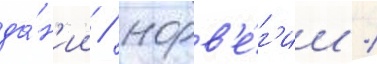
да́н'ии / норв'е́г'ии /